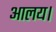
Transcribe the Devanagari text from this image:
आलय।